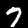
Label: 7